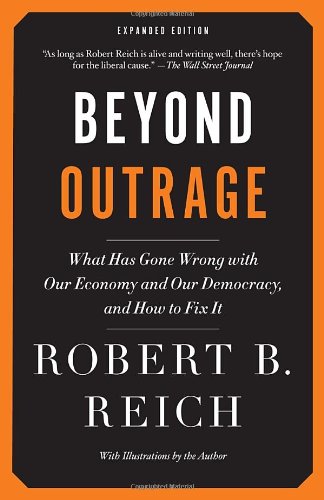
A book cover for Beyond Outrage: Expanded Edition: What has gone wrong with our economy and our democracy, and how to fix it; Robert B. Reich; Business & Money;